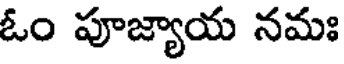
ఓం పూజ్యాయ నమః